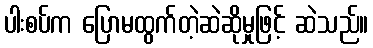
ပါးစပ်က ပြောမထွက်တဲ့ဆဲဆိုမှုဖြင့် ဆဲသည်။